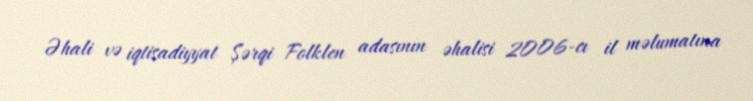
Əhali və iqtisadiyyat Şərqi Folklen adasının əhalisi 2006-cı il məlumatına